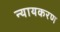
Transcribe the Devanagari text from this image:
न्यायकरण